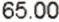
65.00